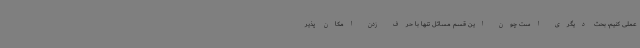
عملی کنیم، بحث دیگری است چون این قسم مسائل تنها با حرف زدن امکان پذیر